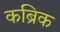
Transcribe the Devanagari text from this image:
कब्रिक